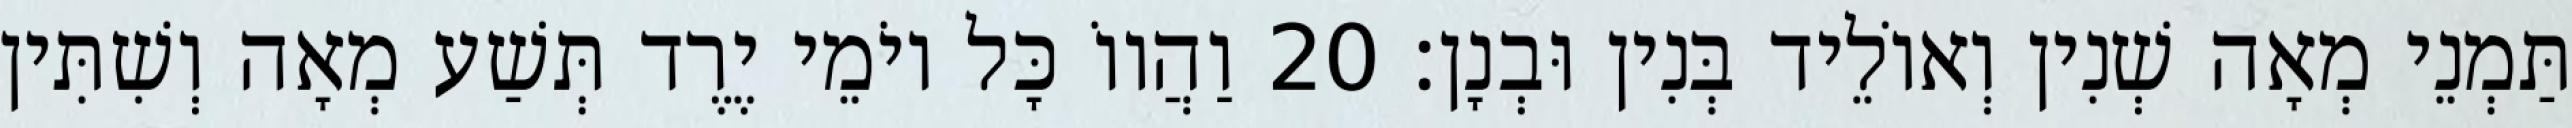
תַּמְנֵי מְאָה שְׁנִין וְאוֹלֵיד בְּנִין וּבְנָן׃ 20 וַהֲווֹ כָּל יוֹמֵי יֶרֶד תְּשַׁע מְאָה וְשִׁתִּין